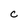
Character: C